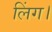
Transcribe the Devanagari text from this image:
लिंग।